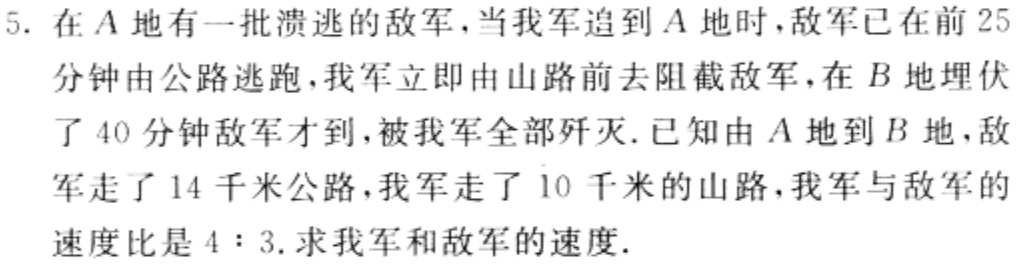
5. 在\(A\)地有一批溃逃的敌军，当我军追到\(A\)地时，敌军已在前\(25\)分钟由公路逃跑，我军立即由山路前去阻截敌军，在\(B\)地埋伏了\(40\)分钟敌军才到，被我军全部歼灭。已知由\(A\)地到\(B\)地，敌军走了\(14\)千米公路，我军走了\(10\)千米的山路，我军与敌军的速度比是\(4:3\)。求我军和敌军的速度.